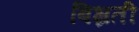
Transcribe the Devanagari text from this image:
बिभ्रती